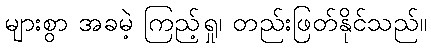
များစွာ အခမဲ့ ကြည့်ရှု၊ တည်းဖြတ်နိုင်သည်။